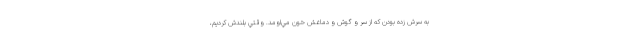
به سرش زده بودن كه از سر و گوش و دماغش خون مي‌اومد. وقتي بلندش كرديم،